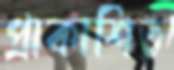
প্রাকাশিত